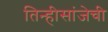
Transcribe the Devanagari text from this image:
तिन्हीसांजेची